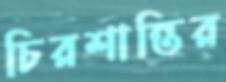
চিরশান্তির